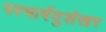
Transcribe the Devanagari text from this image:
परभाषेंदुशेखर